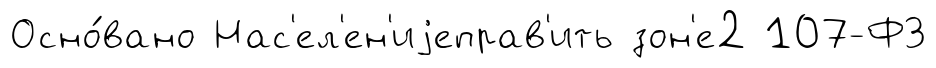
Осно́вано Нас'ел'ен'иjеправ'ить зон'е2 107-ФЗ